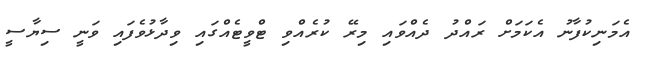
އެމަނިކުފާނު އެކަމަށް ރައްދު ދެއްވައި މިރޭ ކުރެއްވި ޓްވީޓެއްގައި ވިދާޅުވެފައި ވަނީ ސިޔާސީ